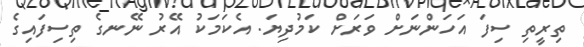
ތިރީތި ސިފަ އަހަންނަށް ވަރަށް ކަމުދިޔަ. އެކަމަކު އޭރު ނޭނގެ ތިސިފައިގެ